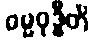
ဓမ္မဝုဒ္ဓီတိ